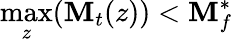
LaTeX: \operatorname*{max}_{z}(\mathbf{M}_{t}(z))<\mathbf{M}_{f}^{\ast}